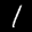
Label: 1